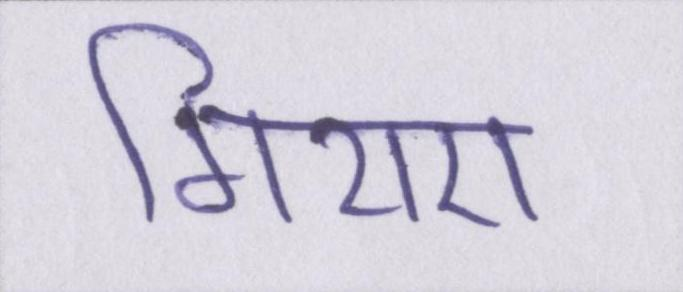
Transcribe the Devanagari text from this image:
गिराए